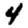
Digit: 4